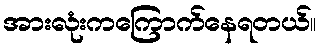
အားလုံးကကြောက်နေရတယ်။